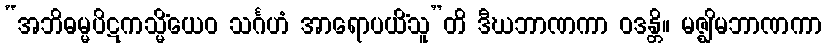
“အဘိဓမ္မပိဋကသ္မိံယေဝ သင်္ဂဟံ အာရောပယိံသူ”တိ ဒီဃဘာဏကာ ဝဒန္တိ။ မဇ္ဈိမဘာဏကာ